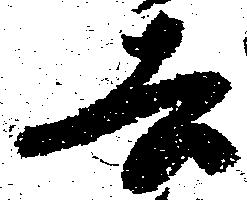
去